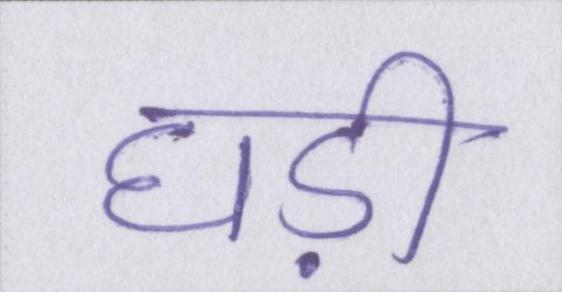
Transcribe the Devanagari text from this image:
घड़ी